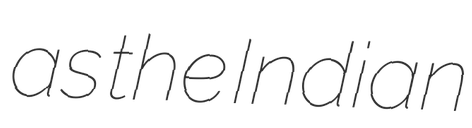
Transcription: as the Indian